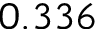
0 . 3 3 6